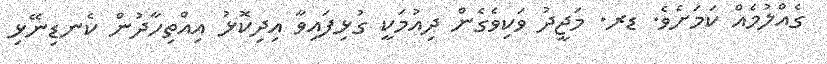
ގެއްލުމެއް ކަމަށެވެ. ޑރ. މަޖީދު ވަކިވެގެން ދިއުމަކީ ގުޅިފައިވާ އިދިކޮޅު އިއްތިހާދުން ކެނޑިނޭޅި